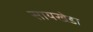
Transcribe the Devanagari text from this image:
सायखेडा